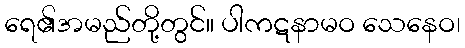
ရေ၏အမည်တို့တွင်။ ပါကဋနာမဝ သေနေဝ၊